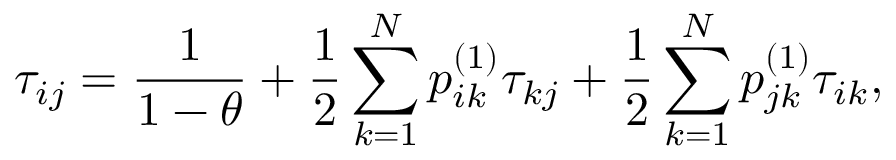
\tau _ { i j } = \frac { 1 } { 1 - \theta } + \frac { 1 } { 2 } \sum _ { k = 1 } ^ { N } p _ { i k } ^ { \left( 1 \right) } \tau _ { k j } + \frac { 1 } { 2 } \sum _ { k = 1 } ^ { N } p _ { j k } ^ { \left( 1 \right) } \tau _ { i k } ,